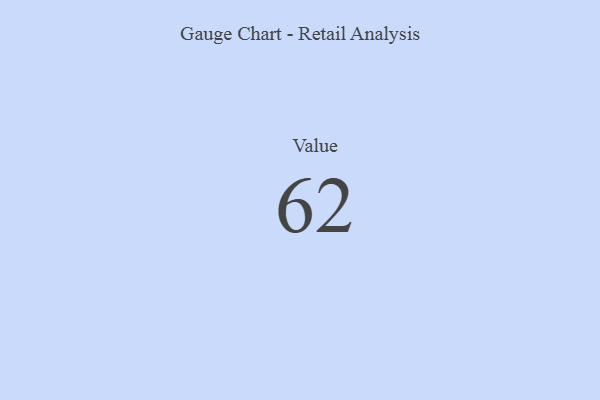
{"axis": {"x": "Metric", "y": "Value"}, "legend": [""], "data": [{"x": "Value", "y": 62, "type": ""}]}